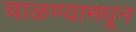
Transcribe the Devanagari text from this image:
चाळण्यामधून